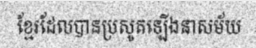
ខ្មែរដែលបានប្រសូតឡើងនាសម័យ